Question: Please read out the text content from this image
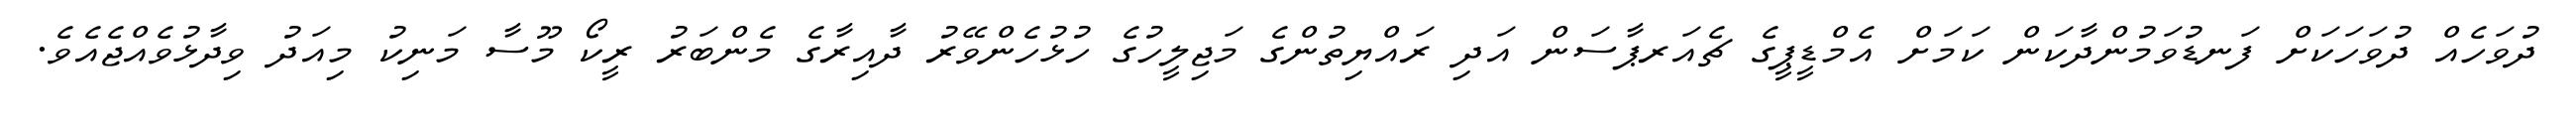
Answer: ދުވަހެއް ދުވަހަކަށް ފަނޑުވަމުންދާކަން ކަމަށް އެމްޑީޕީގެ ޗެއަރޕާސަން އަދި ރައްޔިތުންގެ މަޖިލީހުގެ ހުޅުހެންވޭރު ދާއިރާގެ މެންބަރު ރީކޯ މޫސާ މަނިކު މިއަދު ވިދާޅުވެއްޖެއެވެ.